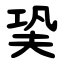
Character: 㠫